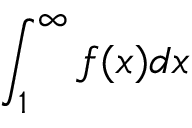
\int _ { 1 } ^ { \infty } f ( x ) d x